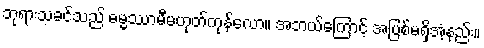
ဘုရားသခင်သည် ဓမ္မဿာမီမဟုတ်ကုန်လော။ အဘယ်ကြောင့် အပြစ်မရှိအံ့နည်း။